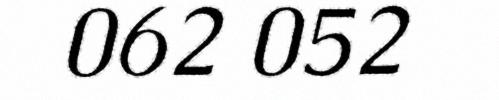
062 052